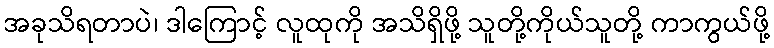
အခုသိရတာပဲ၊ ဒါကြောင့် လူထုကို အသိရှိဖို့ သူတို့ကိုယ်သူတို့ ကာကွယ်ဖို့